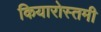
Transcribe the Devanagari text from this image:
कियारोस्तमी